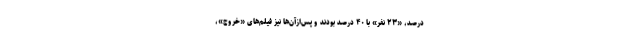
درصد، «۲۳ نفر» با ۴۰ درصد بودند و پس‌ازآن‌ها نیز فیلم‌های «خروج»،